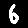
Digit: 6